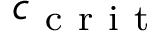
c _ { \mathrm { ~ c ~ r ~ i ~ t ~ } }